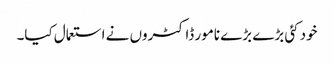
خود کئی بڑے بڑے نامور ڈاکٹروں نے استعمال کیا۔